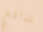
تدافع